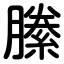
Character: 縢